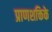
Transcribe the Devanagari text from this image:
प्राणशक्तिके